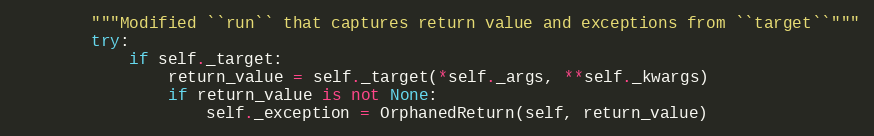
Language: Python
        """Modified ``run`` that captures return value and exceptions from ``target``"""
        try:
            if self._target:
                return_value = self._target(*self._args, **self._kwargs)
                if return_value is not None:
                    self._exception = OrphanedReturn(self, return_value)